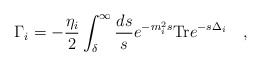
\begin{align*}\Gamma_i=-{\eta_i \over 2}\int^{\infty}_{\delta}{ds \over s} e^{-m_i^2s}\mbox{Tr} e^{-s\Delta_i}~~~,\end{align*}